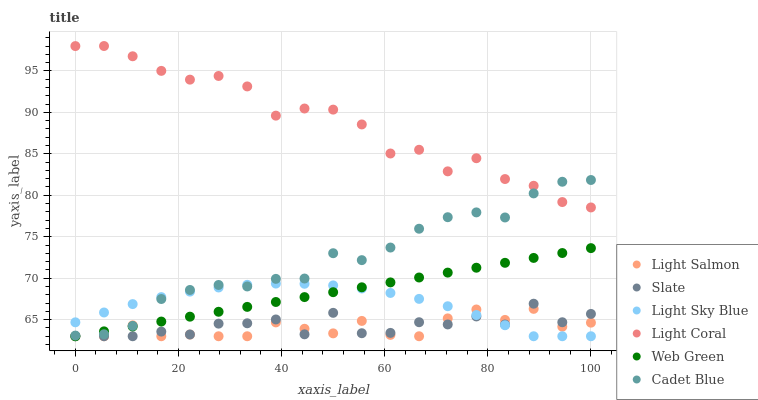
| xaxis_label | Light Salmon | Slate | Light Sky Blue | Light Coral | Web Green | Cadet Blue |
 | --- | --- | --- | --- | --- | --- | --- |
 | 0 | 63 | 63 | 64.7 | 98 | 63 | 63.1 |
 | 5.56 | 63 | 63 | 65.9 | 98 | 63.6 | 63.2 |
 | 11.1 | 64.3 | 63 | 66.9 | 96.8 | 64.2 | 64.2 |
 | 16.7 | 63 | 63.6 | 67.7 | 95 | 64.8 | 67.5 |
 | 22.2 | 63.2 | 63.2 | 68.4 | 93.9 | 65.4 | 68.6 |
 | 27.8 | 63 | 64.5 | 68.9 | 94.4 | 66 | 69.2 |
 | 33.3 | 63 | 64.6 | 69.2 | 93.1 | 66.5 | 69 |
 | 38.9 | 64.7 | 65 | 69.4 | 89.6 | 67.1 | 69.9 |
 | 44.4 | 63.9 | 63.2 | 69.3 | 90.5 | 67.7 | 70 |
 | 50 | 63.3 | 65.8 | 69.1 | 90.3 | 68.3 | 73 |
 | 55.6 | 64.8 | 63.4 | 68.8 | 88.5 | 68.9 | 72.2 |
 | 61.1 | 63.2 | 63.4 | 68.2 | 85 | 69.5 | 73.7 |
 | 66.7 | 63 | 64.7 | 67.5 | 85.5 | 70.1 | 76 |
 | 72.2 | 65.2 | 64.4 | 66.6 | 82.9 | 70.7 | 77.4 |
 | 77.8 | 66.2 | 65.4 | 65.6 | 84.5 | 71.3 | 77.9 |
 | 83.3 | 65 | 64.4 | 64.3 | 82 | 71.9 | 77.3 |
 | 88.9 | 66.3 | 66.9 | 63 | 81.1 | 72.4 | 80.2 |
 | 94.4 | 64.2 | 64.7 | 63 | 79.2 | 73 | 81.6 |
 | 100 | 64.6 | 65.7 | 63 | 78.5 | 73.6 | 81.8 |